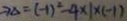
\rightarrow \Delta = ( - 1 ) ^ { 2 } - 4 \times 1 \times ( - 1 )